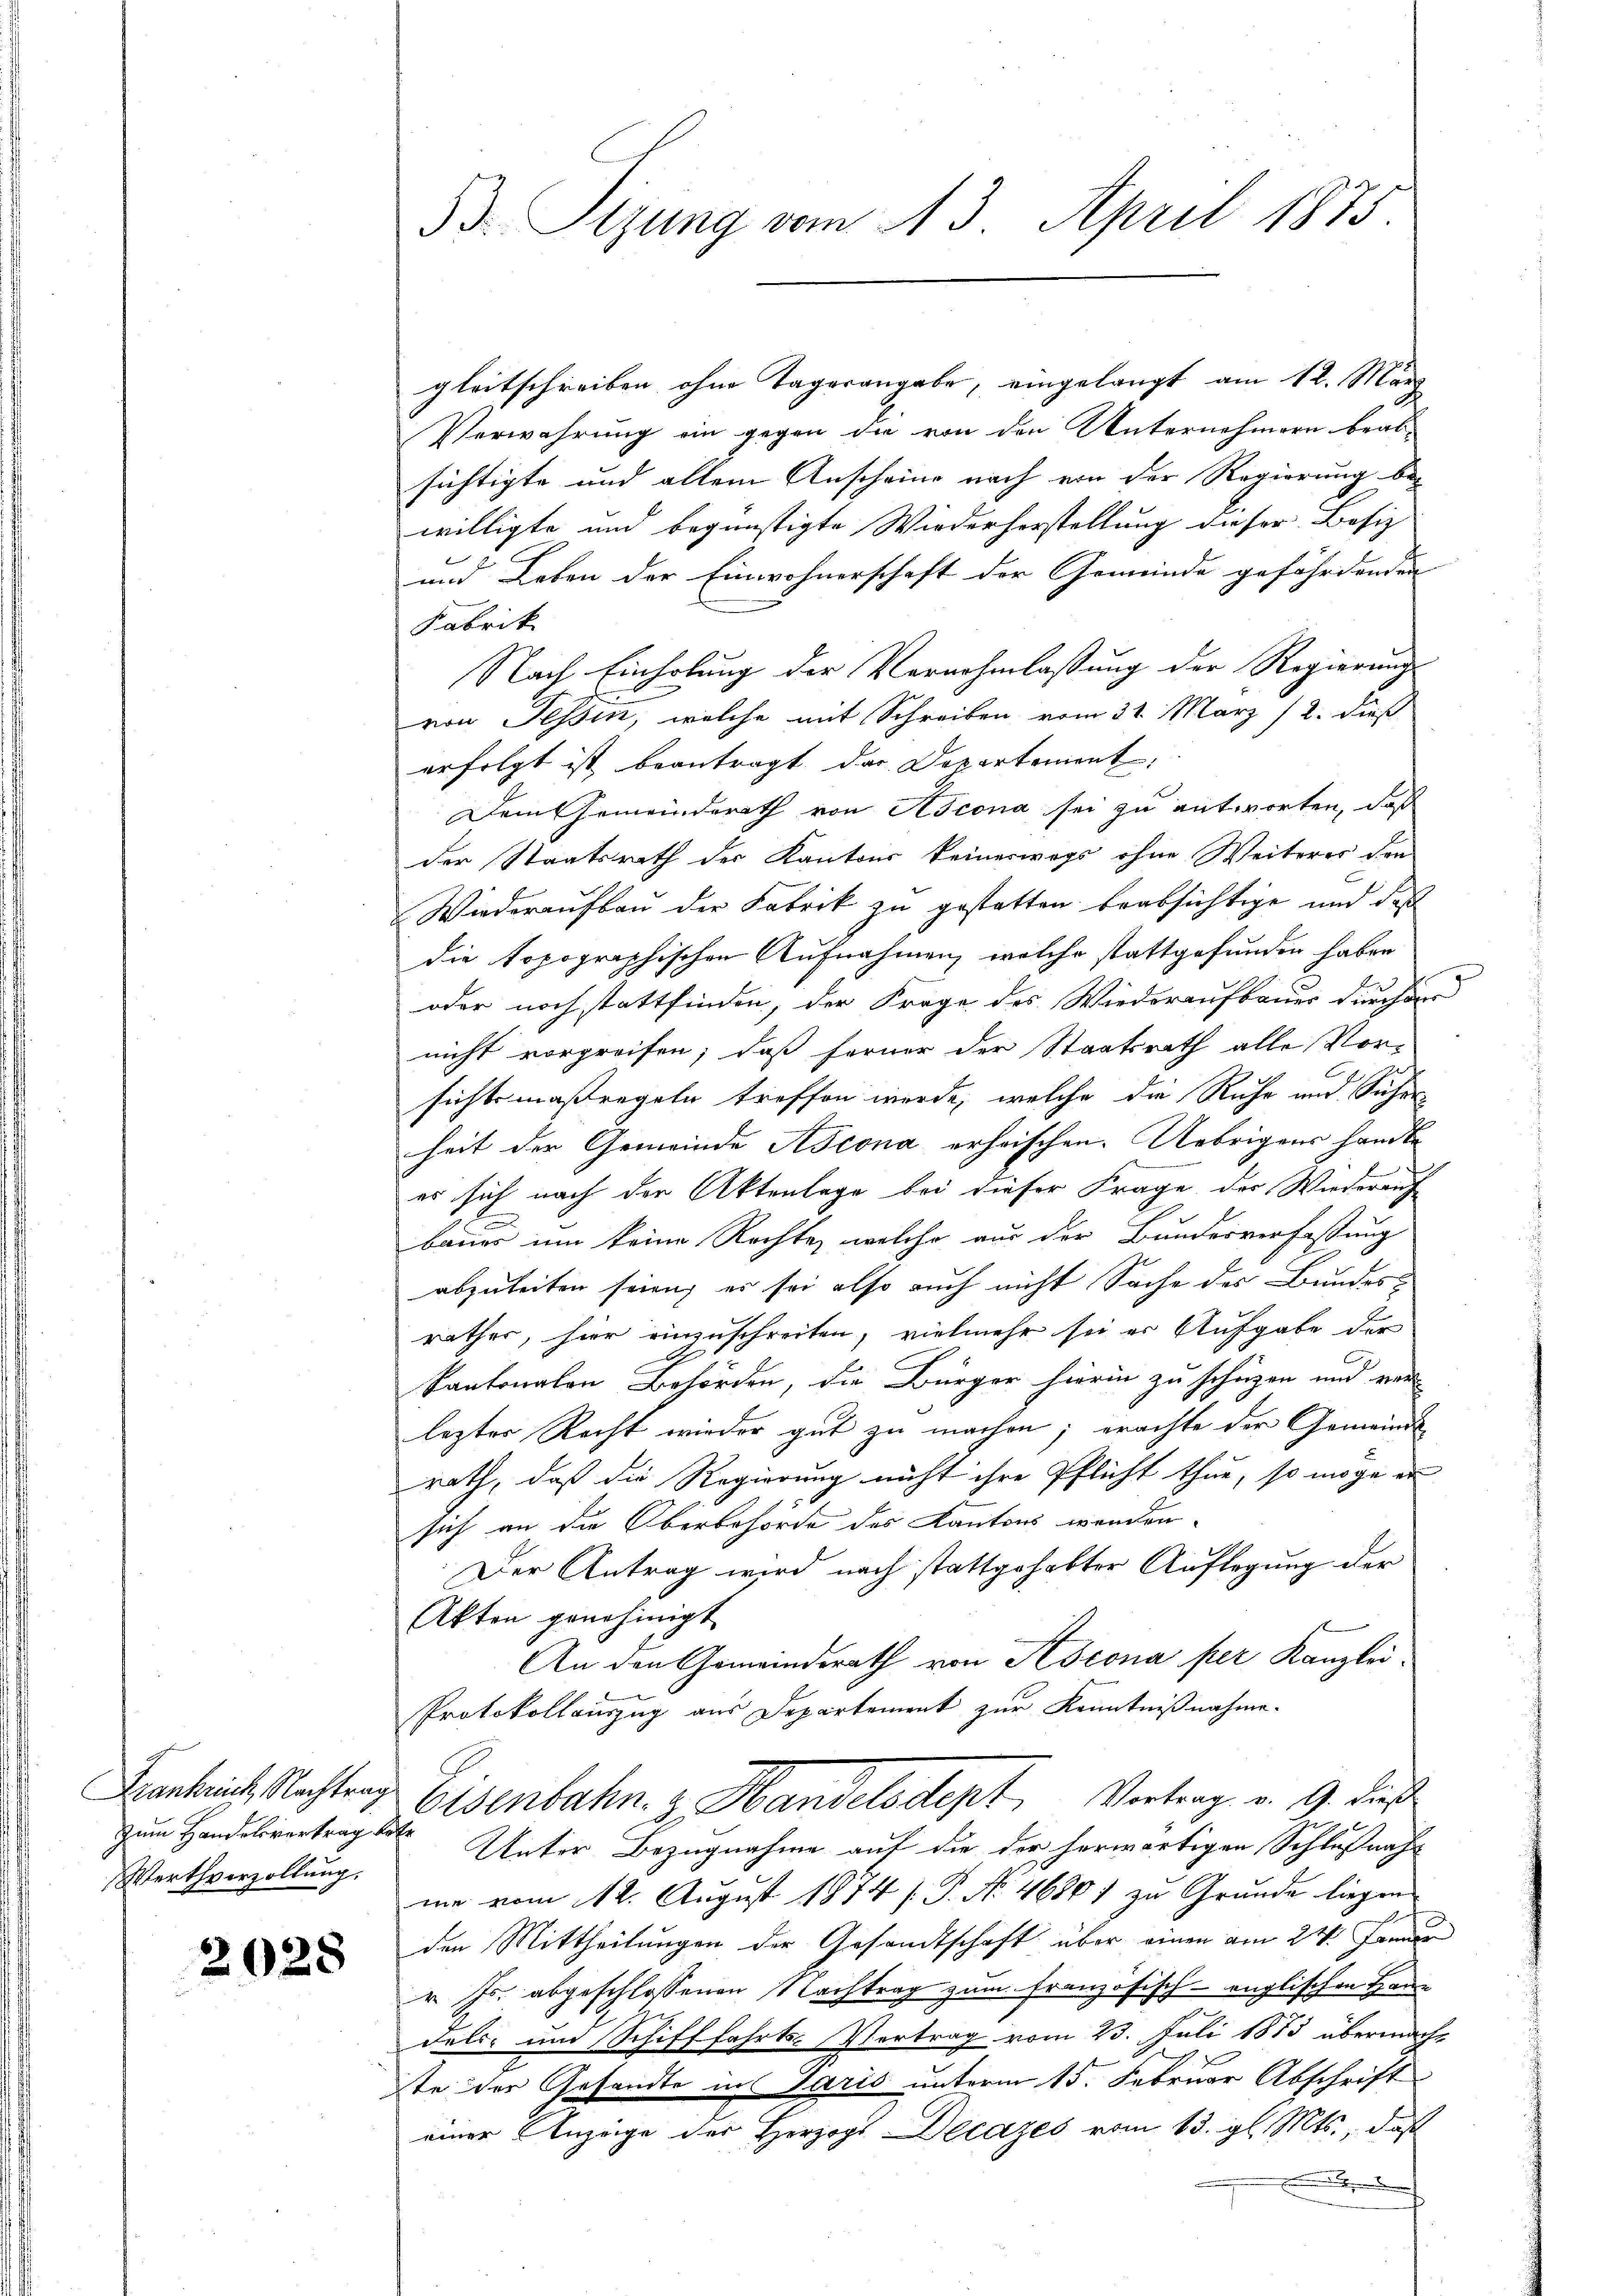
zum Handelsvertrag Kot
Werthverzollung.

2028

B. Sizung vom 13. April 1875

gleitschreiben ohne Tagesangabe, eingelangt am 12. März
Verwahrung ein gegen die von den Unternehmern beab-
sichtigte und allein Anscheine nach von der Regierung bewilligte und begünstigte Wiederherstellung dieser Besiz
und Leben der Einwohnerschaft der Gemeinde gefährdenden
Fabrik
Nach Einholung der Vernehmlassung der Regierung
von Tessin, welche mit Schreiben vom 31. März 12. dieß
erfolgt ist beantragt der Departement,
Dem Gemeinderath von Ascona sei zu antworten, daß
der Staatsrath der Kantons keineswegs ohne Weiteres den
Wiederaufbau der Fabrik zu gestatten beabsichtige und daß
die topographischen Aufnahmen, welche stattgefunden haben
oder noch stattfinden, der Frage des Wiederaufbauer durchdr
nicht vorgreifen; daß ferner der Staatsrath alle Vor-
sichtsmaßregeln treffen werde, welche die Ruhe und Sicher
heit der Gemeinde Ascona erheischen. Uebrigens handle
es sich nach der Aktenlage bei dieser Frage der Wiederauf
bauer um keine Rechte, welche aus der Bundesverfassung
abzuleiten seien, es sei also auch nicht Sache der Bundesräther, hier einzuschreiten, vielmehr sei er Aufgabe der
Kantonalen Behörden, die Bürger hierin zu schüzen und reu
lezter Recht wieder gut zu machen; erachte der Gemeinde
rath, daß die Regierung nicht ihre Pflicht thue, so möge er
sich an die Oberbehörde des Kantons werden.
Der Antrag wird nach stattgehabter Auflegung der
Akten genehmigt.
An den Gemeinderath von Ascona per Kanzlei-
b
Protokollauszug aus Departement zur Kenntnißnahme.
Bankreiche Nachtung Eisenbahn. z. Handelsdept, Vertrag v. 9. dies
Unter Bezugnahme auf die der herwärtigen Schlußnah-
me vom 12. August 1874 s P. No. 46801 zu Grunde liegen
den Mittheilungen der Gesandtschaft über einen am 24. Jänner
r. Js. abgeschlossenen Nachtrag zum französisch-englischen Haue
dels- und Schifffahrts-Vertrag vom 23. Juli 1873 übermacht
ste der Gesandte in Paris unterm 15. Februar Abschrift
einer Anzeige der Herzogs Decazes vom 13. gl. Mts., daß